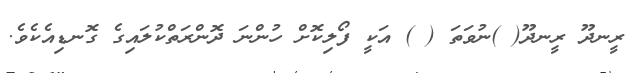
ރީނދޫ ރީނދޫ( )ނުވަތަ ( ) އަކީ ފޯލިކޮށް ހުންނަ ދޮންރަތްކުލައިގެ ގޮނޑިއެކެވެ.